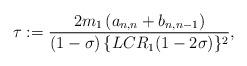
LaTeX: \begin{align*} \tau := \frac{2m_1 \, (a_{n,n} + b_{n,n-1})}{(1-\sigma) \, \{ L C R_1 (1 -2 \sigma) \}^2},\end{align*}